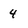
Character: 4